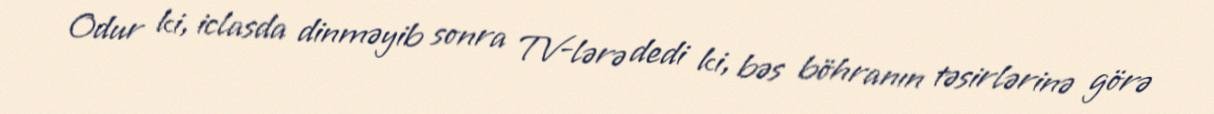
Odur ki, iclasda dinməyib sonra TV-lərə dedi ki, bəs böhranın təsirlərinə görə